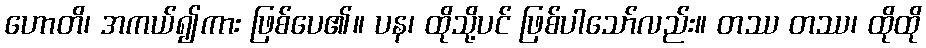
ဟောတိ၊ အကယ်၍ကား ဖြစ်ပေ၏။ ပန၊ ထိုသို့ပင် ဖြစ်ပါသော်လည်း။ တဿ တဿ၊ ထိုထို